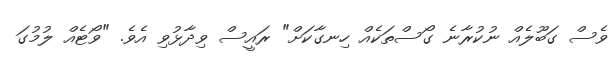
ވެސް ގަބޫލެއް ނުކުރާނެ ގޯސްތަކެއް ހިނގާކަށް" ރައީސް ވިދާޅުވި އެވެ. "ވޯޓެއް ލުމުގަ